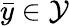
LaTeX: \bar{y}\in\mathcal{Y}